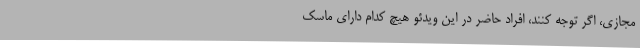
مجازی، اگر توجه کنند، افراد حاضر در این ویدئو هیچ کدام دارای ماسک